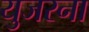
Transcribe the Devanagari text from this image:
युजरना